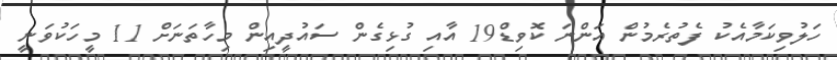
ހަލުވިކަމާއެކު ފެތުރެމުން އަންނަ ކޮވިޑް19 އާއި ގުޅިގެން ސައުދީއިން މިހާތަނަށް 11 މީހަކުވަނީ